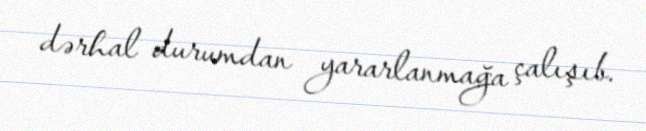
dərhal durumdan yararlanmağa çalışıb.